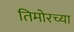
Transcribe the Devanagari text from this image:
तिमोरच्या